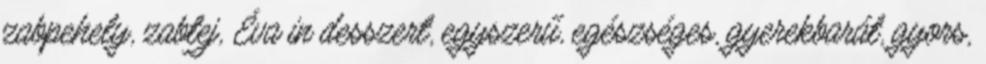
zabpehely, zabtej, Éva in desszert, egyszerű, egészséges, gyerekbarát, gyors,